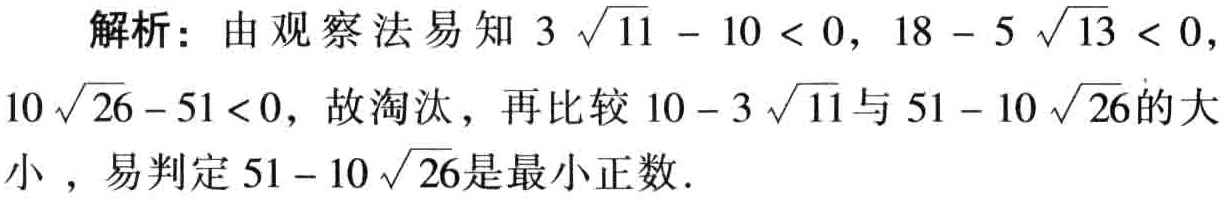
解析：由观察法易知 \(3\sqrt{11} - 10 < 0\)，\(18 - 5\sqrt{13} < 0\)，\(10\sqrt{26}-51 < 0\)，故淘汰，再比较 \(10 - 3\sqrt{11}\)与 \(51 - 10\sqrt{26}\)的大小 ，易判定 \(51 - 10\sqrt{26}\)是最小正数.